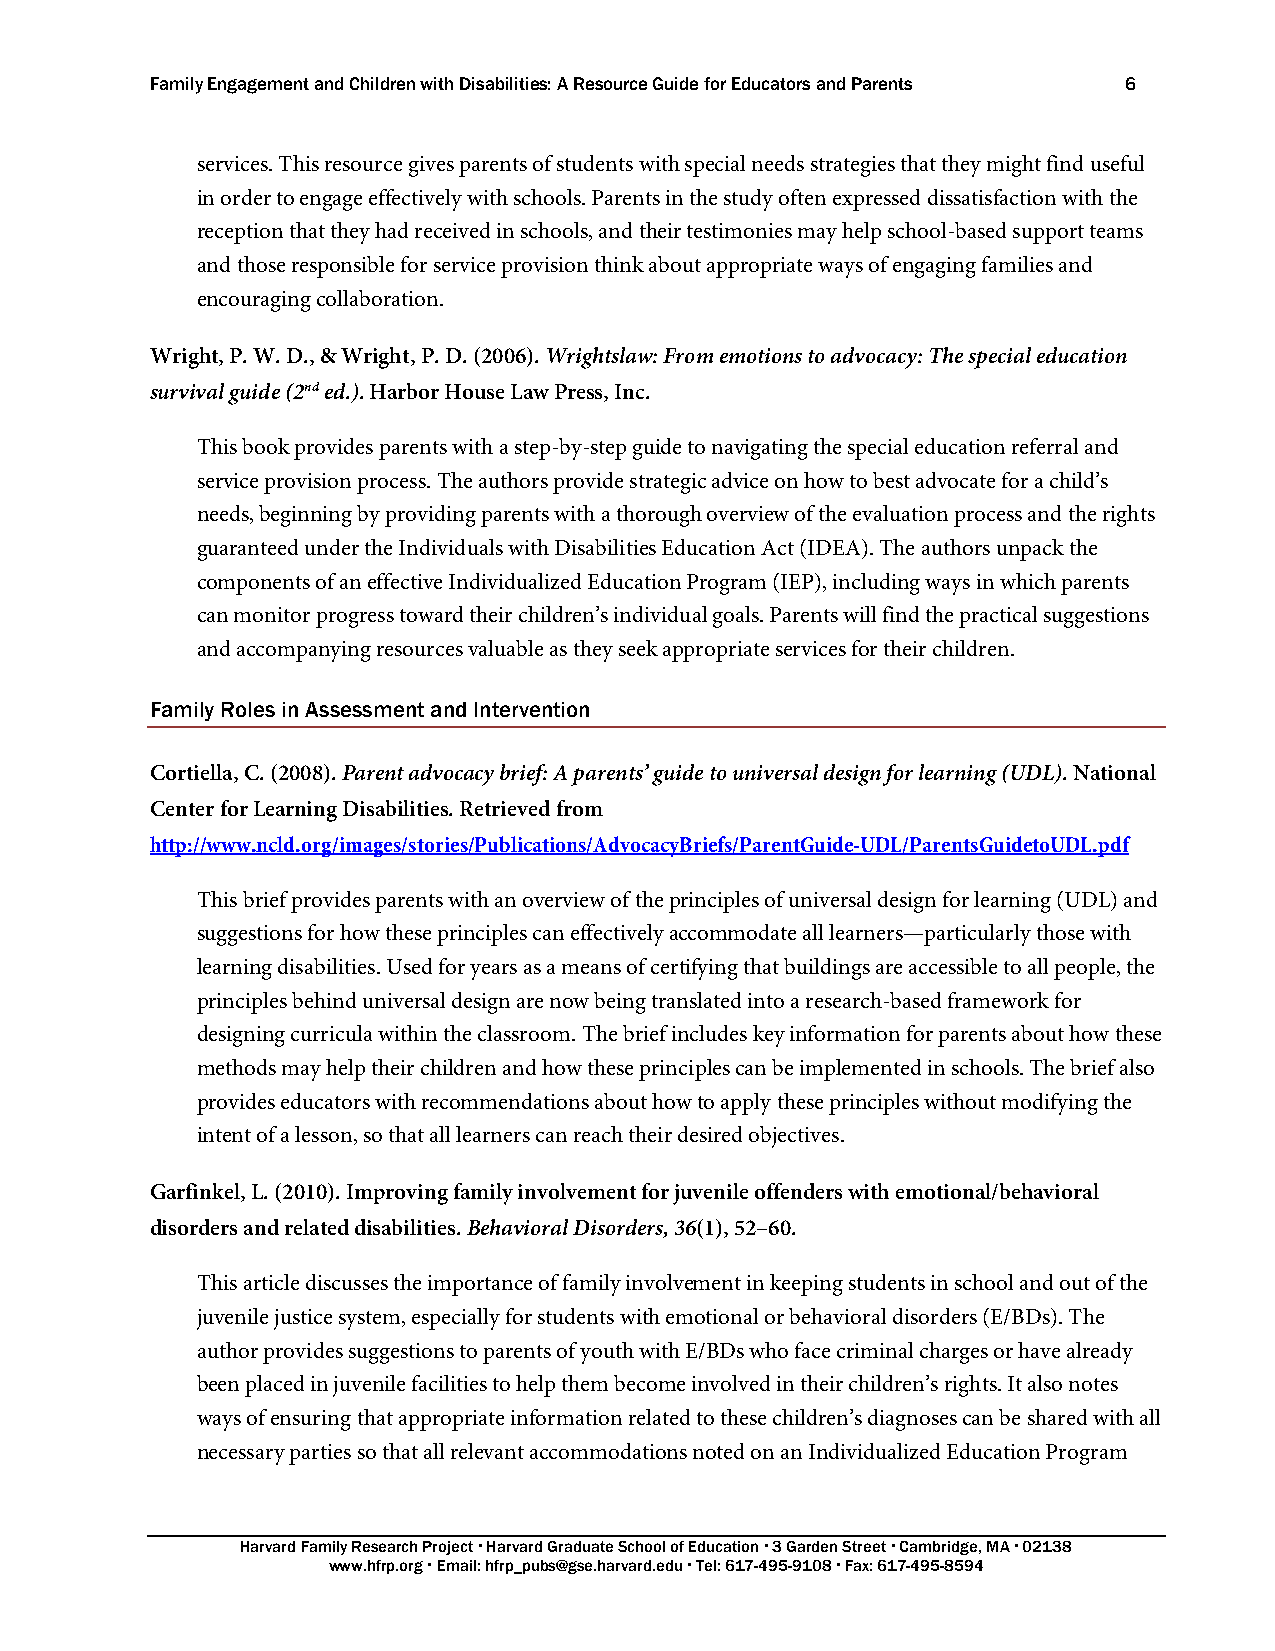
Family Engagement and Children with Disabilities: A Resource Guide for Educators and Parents 6
 services. This resource gives parents of students with special needs strategies that they might find useful
 in order to engage effectively with schools. Parents in the study often expressed dissatisfaction with the
 reception that they had received in schools, and their testimonies may help school-based support teams
 and those responsible for service provision think about appropriate ways of engaging families and
 encouraging collaboration.
 Wright, P. W. D., & Wright, P. D. (2006). Wrightslaw: From emotions to advocacy: The special education
 survival guide (2nd ed.). Harbor House Law Press, Inc.
 This book provides parents with a step-by-step guide to navigating the special education referral and
 service provision process. The authors provide strategic advice on how to best advocate for a child’s
 needs, beginning by providing parents with a thorough overview of the evaluation process and the rights
 guaranteed under the Individuals with Disabilities Education Act (IDEA). The authors unpack the
 components of an effective Individualized Education Program (IEP), including ways in which parents
 can monitor progress toward their children’s individual goals. Parents will find the practical suggestions
 and accompanying resources valuable as they seek appropriate services for their children.
 Family Roles in Assessment and Intervention
 Cortiella, C. (2008). Parent advocacy brief: A parents’ guide to universal design for learning (UDL). National
 Center for Learning Disabilities. Retrieved from
 http://www.ncld.org/images/stories/Publications/AdvocacyBriefs/ParentGuide-UDL/ParentsGuidetoUDL.pdf
 This brief provides parents with an overview of the principles of universal design for learning (UDL) and
 suggestions for how these principles can effectively accommodate all learners—particularly those with
 learning disabilities. Used for years as a means of certifying that buildings are accessible to all people, the
 principles behind universal design are now being translated into a research-based framework for
 designing curricula within the classroom. The brief includes key information for parents about how these
 methods may help their children and how these principles can be implemented in schools. The brief also
 provides educators with recommendations about how to apply these principles without modifying the
 intent of a lesson, so that all learners can reach their desired objectives.
 Garfinkel, L. (2010). Improving family involvement for juvenile offenders with emotional/behavioral
 disorders and related disabilities. Behavioral Disorders, 36(1), 52–60.
 This article discusses the importance of family involvement in keeping students in school and out of the
 juvenile justice system, especially for students with emotional or behavioral disorders (E/BDs). The
 author provides suggestions to parents of youth with E/BDs who face criminal charges or have already
 been placed in juvenile facilities to help them become involved in their children’s rights. It also notes
 ways of ensuring that appropriate information related to these children’s diagnoses can be shared with all
 necessary parties so that all relevant accommodations noted on an Individualized Education Program
 Harvard Family Research Project  Harvard Graduate School of Education  3 Garden Street  Cambridge, MA  02138
 www.hfrp.org  Email: hfrp_pubs@gse.harvard.edu  Tel: 617-495-9108  Fax: 617-495-8594